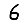
Digit: 6